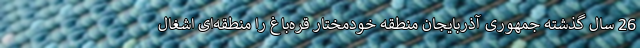
26 سال گذشته جمهوری آذربایجان منطقه خودمختار قره‌باغ را منطقه‌ای اشغال